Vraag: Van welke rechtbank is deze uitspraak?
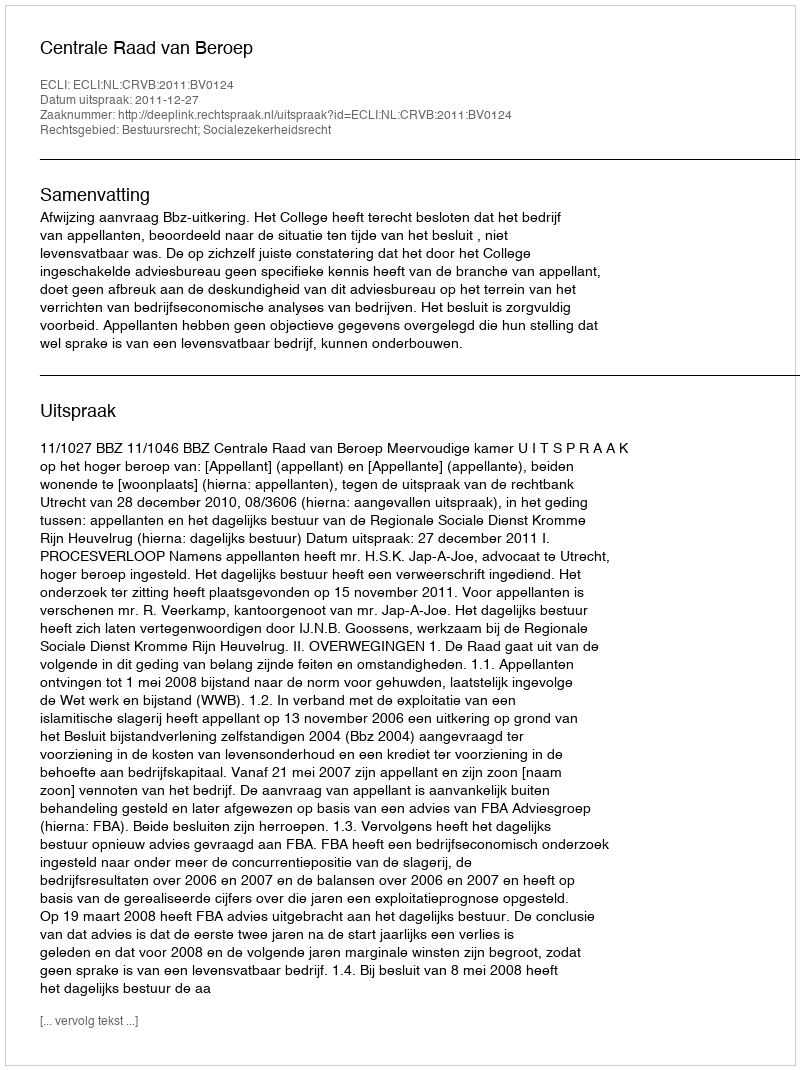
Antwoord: Centrale Raad van Beroep